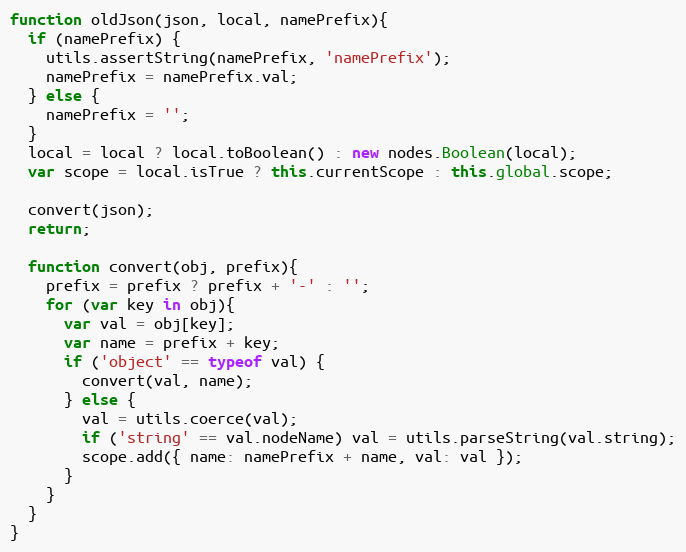
Language: JavaScript
function oldJson(json, local, namePrefix){
  if (namePrefix) {
    utils.assertString(namePrefix, 'namePrefix');
    namePrefix = namePrefix.val;
  } else {
    namePrefix = '';
  }
  local = local ? local.toBoolean() : new nodes.Boolean(local);
  var scope = local.isTrue ? this.currentScope : this.global.scope;

  convert(json);
  return;

  function convert(obj, prefix){
    prefix = prefix ? prefix + '-' : '';
    for (var key in obj){
      var val = obj[key];
      var name = prefix + key;
      if ('object' == typeof val) {
        convert(val, name);
      } else {
        val = utils.coerce(val);
        if ('string' == val.nodeName) val = utils.parseString(val.string);
        scope.add({ name: namePrefix + name, val: val });
      }
    }
  }
}